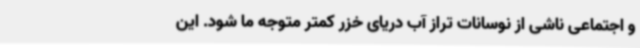
و اجتماعی ناشی از نوسانات تراز آب دریای خزر کمتر متوجه ما شود. این